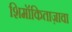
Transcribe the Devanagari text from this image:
शिमॉकिताज़ावा